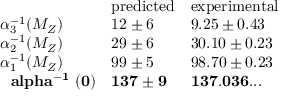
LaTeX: \begin{array} { l l l } { { } } & { { \mathrm { p r e d i c t e d } } } & { { \mathrm { e x p e r i m e n t a l } } } \\ { { \alpha _ { 3 } ^ { - 1 } ( M _ { Z } ) } } & { { 1 2 \pm 6 } } & { { 9 . 2 5 \pm 0 . 4 3 } } \\ { { \alpha _ { 2 } ^ { - 1 } ( M _ { Z } ) } } & { { 2 9 \pm 6 } } & { { 3 0 . 1 0 \pm 0 . 2 3 } } \\ { { \alpha _ { 1 } ^ { - 1 } ( M _ { Z } ) } } & { { 9 9 \pm 5 } } & { { 9 8 . 7 0 \pm 0 . 2 3 } } \\ { { \mathrm { { \bf \boldmath ~ \ a l p h a ^ { - 1 } ~ ( 0 ) } } } } & { { { \bf 1 3 7 \pm 9 } } } & { { { \bf 1 3 7 . 0 3 6 . . . } } } \end{array}